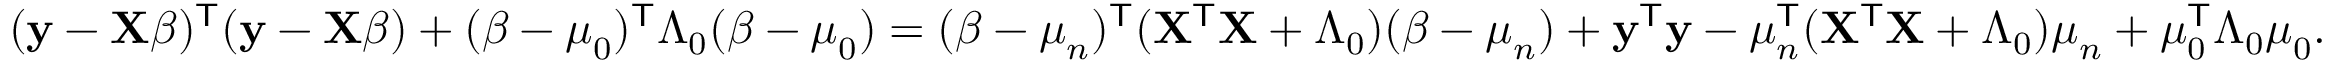
( \mathbf { y } - \mathbf { X } { \boldsymbol { \beta } } ) ^ { \mathsf { T } } ( \mathbf { y } - \mathbf { X } { \boldsymbol { \beta } } ) + ( { \boldsymbol { \beta } } - { \boldsymbol { \mu } } _ { 0 } ) ^ { \mathsf { T } } { \boldsymbol { \Lambda } } _ { 0 } ( { \boldsymbol { \beta } } - { \boldsymbol { \mu } } _ { 0 } ) = ( { \boldsymbol { \beta } } - { \boldsymbol { \mu } } _ { n } ) ^ { \mathsf { T } } ( \mathbf { X } ^ { \mathsf { T } } \mathbf { X } + { \boldsymbol { \Lambda } } _ { 0 } ) ( { \boldsymbol { \beta } } - { \boldsymbol { \mu } } _ { n } ) + \mathbf { y } ^ { \mathsf { T } } \mathbf { y } - { \boldsymbol { \mu } } _ { n } ^ { \mathsf { T } } ( \mathbf { X } ^ { \mathsf { T } } \mathbf { X } + { \boldsymbol { \Lambda } } _ { 0 } ) { \boldsymbol { \mu } } _ { n } + { \boldsymbol { \mu } } _ { 0 } ^ { \mathsf { T } } { \boldsymbol { \Lambda } } _ { 0 } { \boldsymbol { \mu } } _ { 0 } .